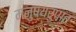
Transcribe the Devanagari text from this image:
मनुष्यरुपात